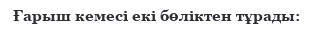
Ғарыш кемесі екі бөліктен тұрады: